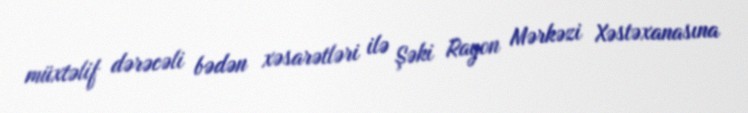
müxtəlif dərəcəli bədən xəsarətləri ilə Şəki Rayon Mərkəzi Xəstəxanasına